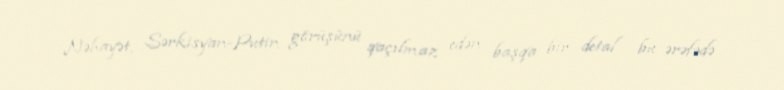
Nəhayət, Sərkisyan-Putin görüşünü qaçılmaz edən başqa bir detal bu ərəfədə